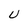
Character: U